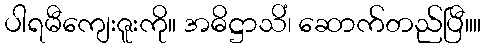
ပါရမီကျေးဇူးကို။ အဓိဋ္ဌာသိံ၊ ဆောက်တည်ပြီ။။